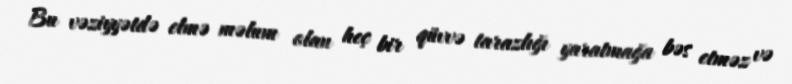
Bu vəziyyətdə elmə məlum olan heç bir qüvvə tarazlığı yaratmağa bəs etməz və